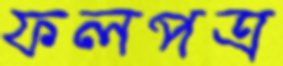
ফলপত্র